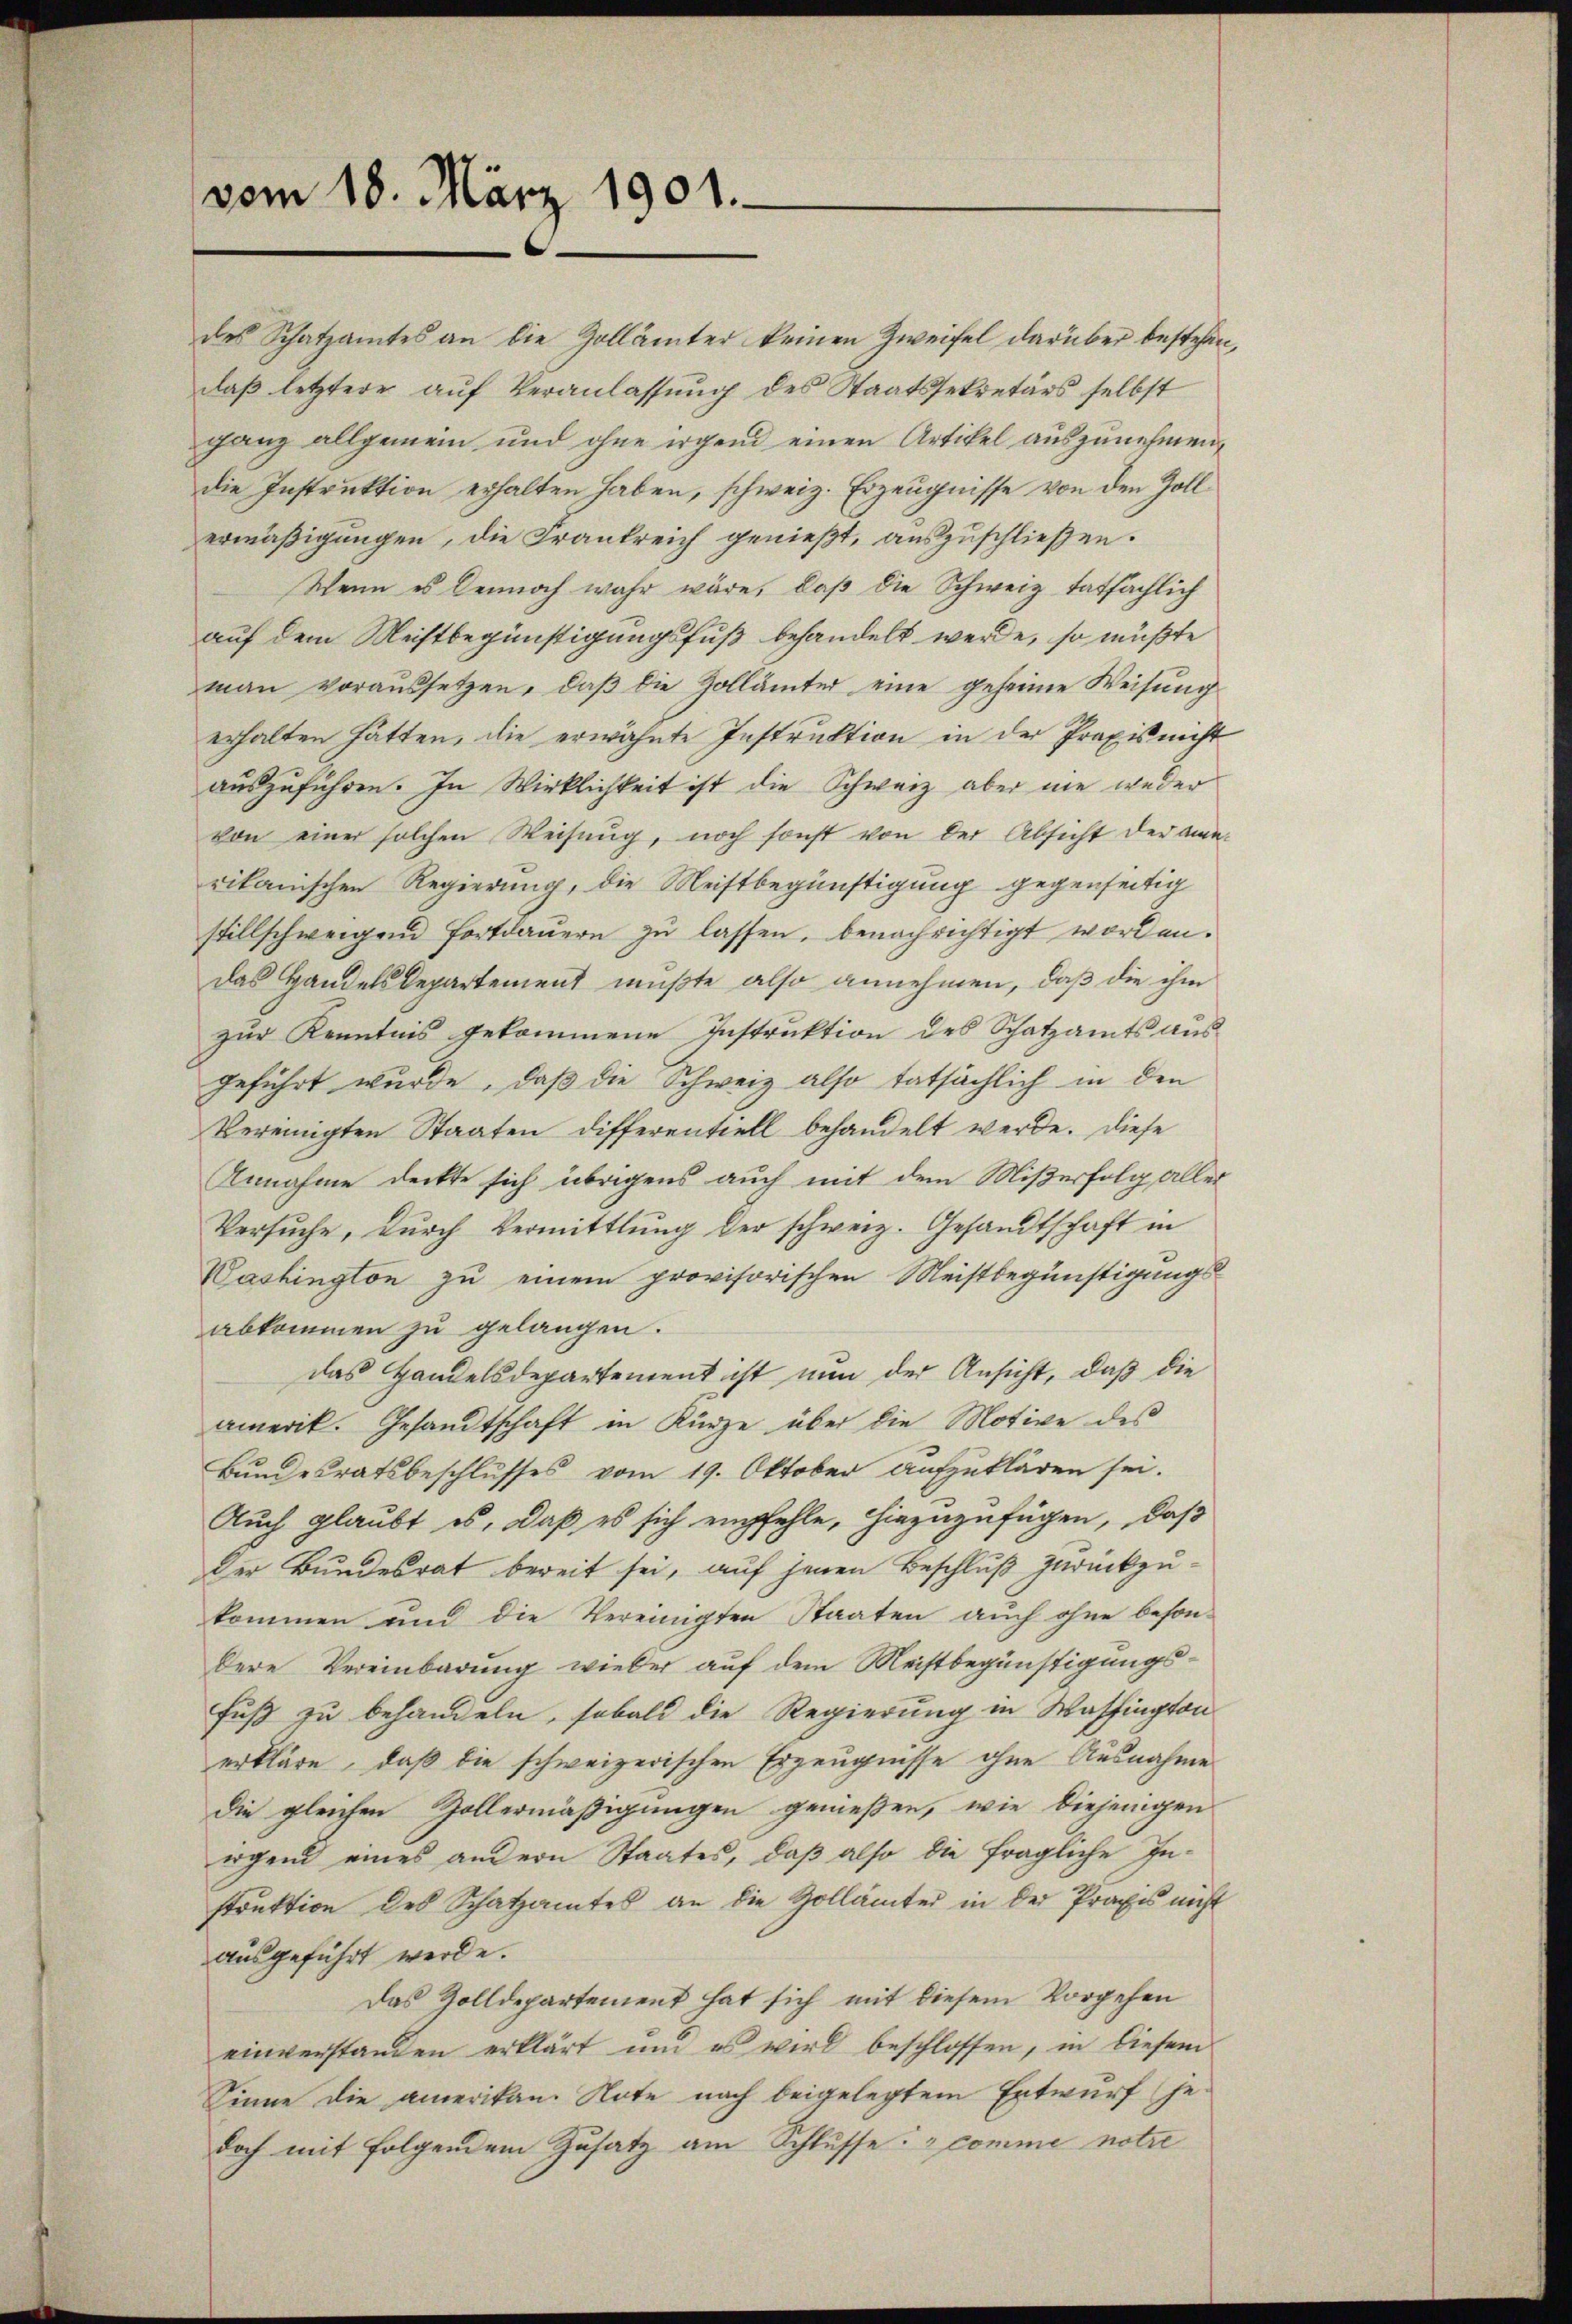
vom 18. März 1901.

des Schatzamtes an die Zollämter keinen Zweifel darüber bestehen,
daß letztere auf Veranlassung des Staatssekretärs selbst
ganz allgemein und ohne irgend einen Artikel auszunehmen,
die Instruktion erhalten haben, schweiz. Erzeugnisse von den Zollermäßigungen, die Frankreich genießt, auszuschließen.
Wenn es dennoch wahr wäre, daß die Schweiz tatsächlich
auf dem Meistbegünstigungsfuß behandelt werde, so müßte
man voraussetzen, daß die Zollämter eine geheime Weisung
erhalten hätten, die erwähnte Instruktion in der Praxis nicht
auszuführen. In Wirklichkeit ist die Schweiz aber nie weder
von einer solchen Weisŭng, noch sonst von der Absicht der ana-
rikanischen Regierung, die Meistbegünstigung gegenseitig
stillschweigend Fortdauern zu lassen, benachrichtigt worden.
das Handels Departement mußte also annehmen, daß die ihm
zur Kenntnis gekommene Instruktion des Schatzamts aus
geführt wurde, daß die Schweiz also tatsächlich in den
Vereinigten Staaten differentiell behandelt werde. Diese
Annahme deckte sich übrigens auch mit dem Mißerfolg aller
Versuche, durch Vermittlung der schweiz. Gesandtschaft in
Washington zu einem provisorischen Meistbegünstigungsabkommen zu gelangen.
das Handelsdepartement ist nun der Ansicht, daß die
amerik. Gesandtschaft in Kürze über die Motive des
Bundesratsbeschlusses vom 19. Oktober aufzuklären sei.
Auch glaubt es, daß es sich empfehle, hinzuzufügen, daß
Der Bundesrat bereit sei, auf jenen Beschluß zurückzukommen und die Vereinigten Staaten auch ohne beson-
dere Vereinbarung wieder auf dem Meistbegünstigungs¬
Fuß zu behandeln, sobald die Regierung in Waffington
erkläre, daß die schweizerischen Erzeugnisse ohne Ausnahme
die gleichen Zollermäßigungen genießen, wie diejenigen
irgend eines andern Staates, daß also die fragliche Instrŭktion des Schatzamtes an die Zollämter in der Praxis nicht
ausgeführt werde.
Das Zolldepartement hat sich mit diesem Vorgehen
einverstanden erklärt und es wird beschlossen, in diesem
Sinne die amerikan. Note nach beigelegtem Entwurf je-
doch mit folgendem Zusatz am Schlusse: „comme notie